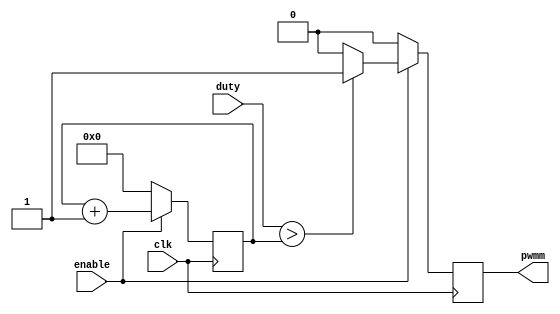
`timescale 1ns / 1ps
//

module pwm(
    input clk,
    input enable,
    input [7:0] duty, // switches
    output reg pwmm
    );
    reg [7:0] counter;
    initial
    begin
        counter <= 0;
        pwmm <= 0;
    end
    
   always @ (posedge clk)
   begin
   if (enable)
       begin
        counter <= counter + 1;
        if (duty > counter)
          begin
           pwmm <= 1;
          end
        else
          begin
           pwmm <= 0;
          end
         
        end
     else
        begin
            pwmm <= 0;
            counter <= 0;
        end
        end
    
endmodule